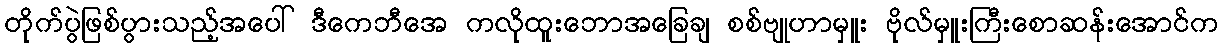
တိုက်ပွဲဖြစ်ပွားသည့်အပေါ် ဒီကေဘီအေ ကလိုထူးဘောအခြေချ စစ်ဗျုဟာမှူး ဗိုလ်မှူးကြီးစောဆန်းအောင်က